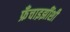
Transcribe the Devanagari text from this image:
फ्रँचाइझींशी